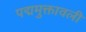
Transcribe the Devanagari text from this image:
पद्ममुक्तावली